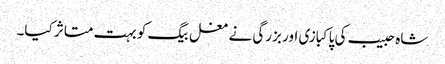
شاہ حبیب کی پاکبازی اور بزرگی نے مغل بیگ کو بہت متاثر کیا۔